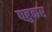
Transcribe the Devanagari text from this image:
पहुकर